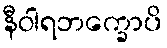
နီဝါရဘက္ခောပိ